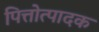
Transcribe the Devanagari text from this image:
पित्तोत्पादक